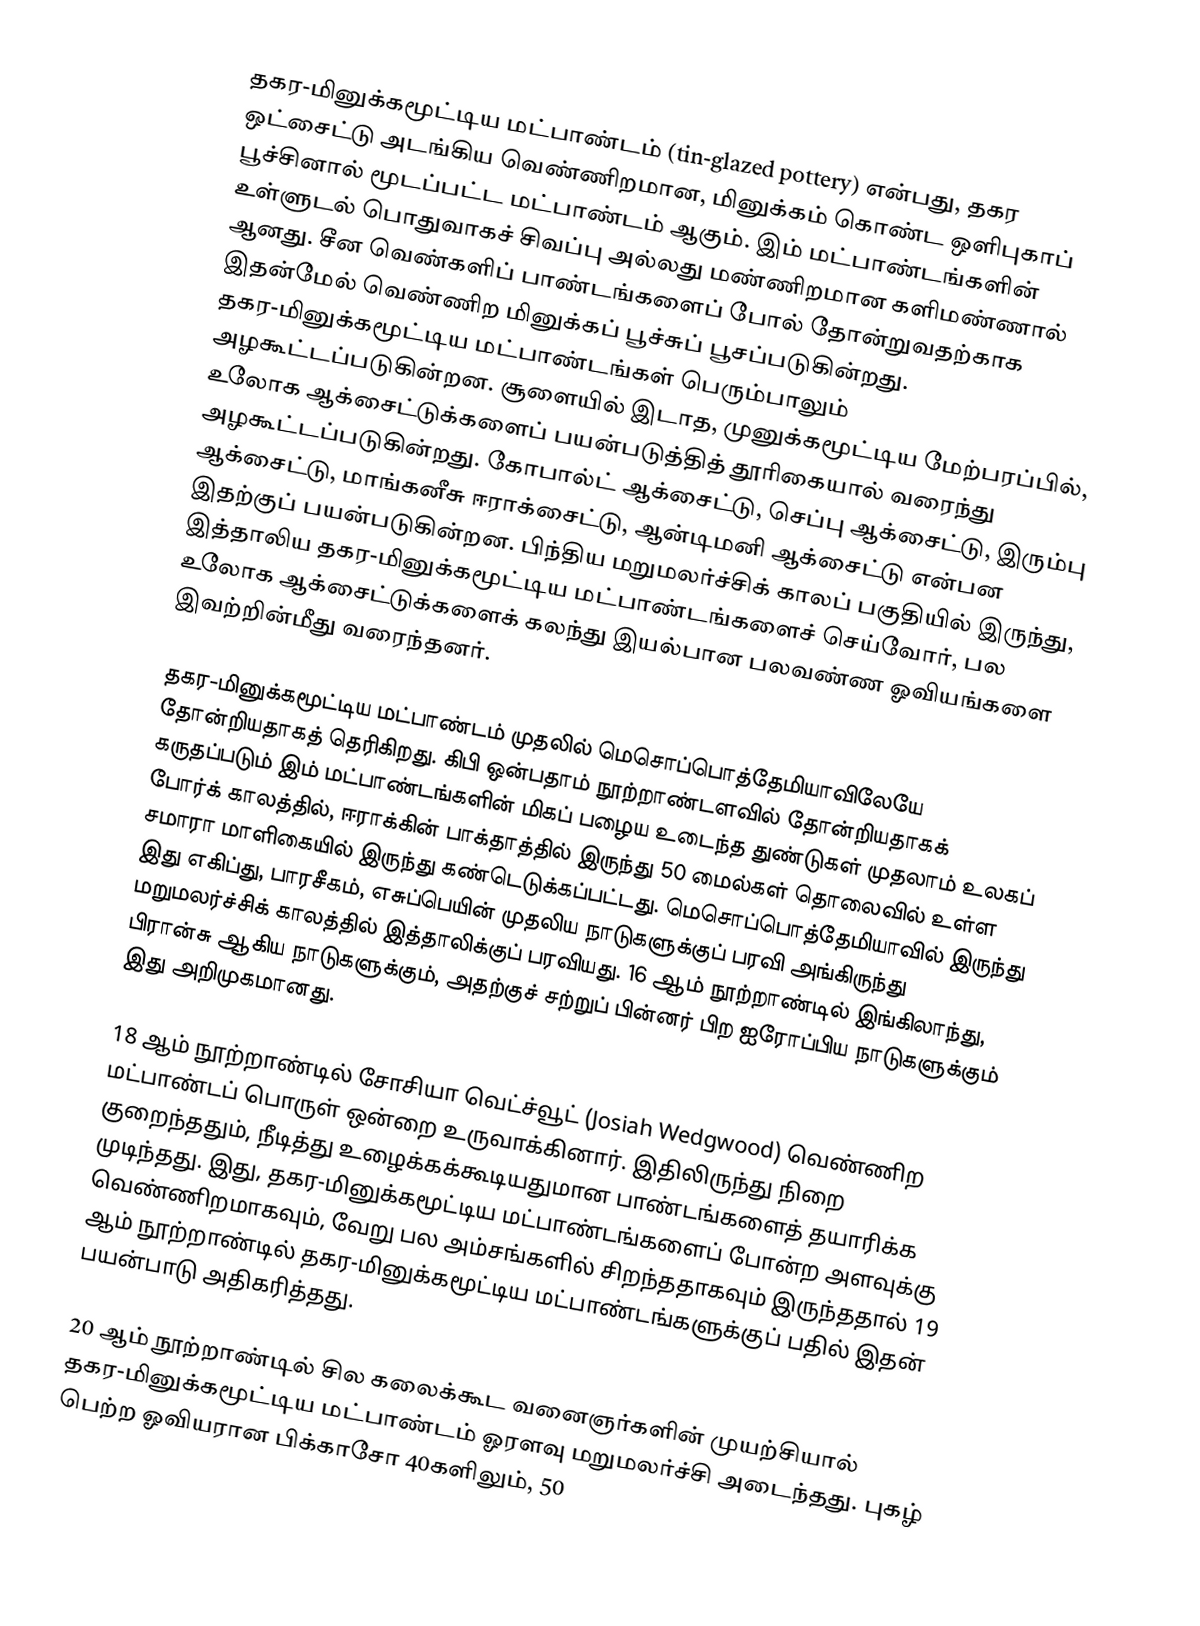
தகர-மினுக்கமூட்டிய மட்பாண்டம் (tin-glazed pottery) என்பது, தகர ஒட்சைட்டு அடங்கிய வெண்ணிறமான, மினுக்கம் கொண்ட ஒளிபுகாப் பூச்சினால் மூடப்பட்ட மட்பாண்டம் ஆகும். இம் மட்பாண்டங்களின் உள்ளுடல் பொதுவாகச் சிவப்பு அல்லது மண்ணிறமான களிமண்ணால் ஆனது. சீன வெண்களிப் பாண்டங்களைப் போல் தோன்றுவதற்காக இதன்மேல் வெண்ணிற மினுக்கப் பூச்சுப் பூசப்படுகின்றது. தகர-மினுக்கமூட்டிய மட்பாண்டங்கள் பெரும்பாலும் அழகூட்டப்படுகின்றன. சூளையில் இடாத, முனுக்கமூட்டிய மேற்பரப்பில், உலோக ஆக்சைட்டுக்களைப் பயன்படுத்தித் தூரிகையால் வரைந்து அழகூட்டப்படுகின்றது. கோபால்ட் ஆக்சைட்டு, செப்பு ஆக்சைட்டு, இரும்பு ஆக்சைட்டு, மாங்கனீசு ஈராக்சைட்டு, ஆன்டிமனி ஆக்சைட்டு என்பன இதற்குப் பயன்படுகின்றன. பிந்திய மறுமலர்ச்சிக் காலப் பகுதியில் இருந்து, இத்தாலிய தகர-மினுக்கமூட்டிய மட்பாண்டங்களைச் செய்வோர், பல உலோக ஆக்சைட்டுக்களைக் கலந்து இயல்பான பலவண்ண ஓவியங்களை இவற்றின்மீது வரைந்தனர்.

தகர-மினுக்கமூட்டிய மட்பாண்டம் முதலில் மெசொப்பொத்தேமியாவிலேயே தோன்றியதாகத் தெரிகிறது. கிபி ஒன்பதாம் நூற்றாண்டளவில் தோன்றியதாகக் கருதப்படும் இம் மட்பாண்டங்களின் மிகப் பழைய உடைந்த துண்டுகள் முதலாம் உலகப் போர்க் காலத்தில், ஈராக்கின் பாக்தாத்தில் இருந்து 50 மைல்கள் தொலைவில் உள்ள சமாரா மாளிகையில் இருந்து கண்டெடுக்கப்பட்டது. மெசொப்பொத்தேமியாவில் இருந்து இது எகிப்து, பாரசீகம், எசுப்பெயின் முதலிய நாடுகளுக்குப் பரவி அங்கிருந்து மறுமலர்ச்சிக் காலத்தில் இத்தாலிக்குப் பரவியது. 16 ஆம் நூற்றாண்டில் இங்கிலாந்து, பிரான்சு ஆகிய நாடுகளுக்கும், அதற்குச் சற்றுப் பின்னர் பிற ஐரோப்பிய நாடுகளுக்கும் இது அறிமுகமானது.

18 ஆம் நூற்றாண்டில் சோசியா வெட்ச்வூட் (Josiah Wedgwood) வெண்ணிற மட்பாண்டப் பொருள் ஒன்றை உருவாக்கினார். இதிலிருந்து நிறை குறைந்ததும், நீடித்து உழைக்கக்கூடியதுமான பாண்டங்களைத் தயாரிக்க முடிந்தது. இது, தகர-மினுக்கமூட்டிய மட்பாண்டங்களைப் போன்ற அளவுக்கு வெண்ணிறமாகவும், வேறு பல அம்சங்களில் சிறந்ததாகவும் இருந்ததால் 19 ஆம் நூற்றாண்டில் தகர-மினுக்கமூட்டிய மட்பாண்டங்களுக்குப் பதில் இதன் பயன்பாடு அதிகரித்தது.

20 ஆம் நூற்றாண்டில் சில கலைக்கூட வனைஞர்களின் முயற்சியால் தகர-மினுக்கமூட்டிய மட்பாண்டம் ஓரளவு மறுமலர்ச்சி அடைந்தது. புகழ் பெற்ற ஓவியரான பிக்காசோ 40களிலும், 50